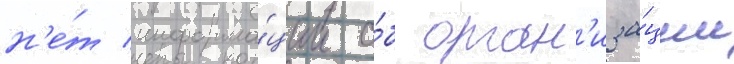
н'е́т информа́ции о́б орган'иза́ции